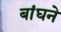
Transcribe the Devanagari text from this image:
बांघने